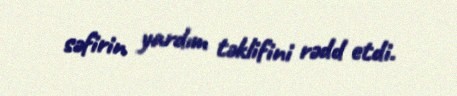
səfirin yardım təklifini rədd etdi.